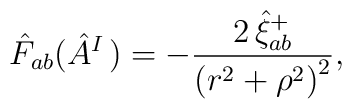
\hat{F}_{ab}(\hat{A}_{}^{I\,})=-\frac{2\,\hat{\xi}_{ab}^{+}}{\left( r^2+\rho ^2\right) ^2},